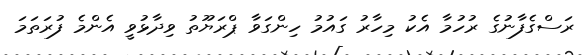
ރަސްގެފާނުގެ ރުހުމާ އެކު މިހާރު ގައުމު ހިންގަވާ ޕްރަޔޫތު ވިދާޅުވީ އެންމެ ފުރަތަމަ